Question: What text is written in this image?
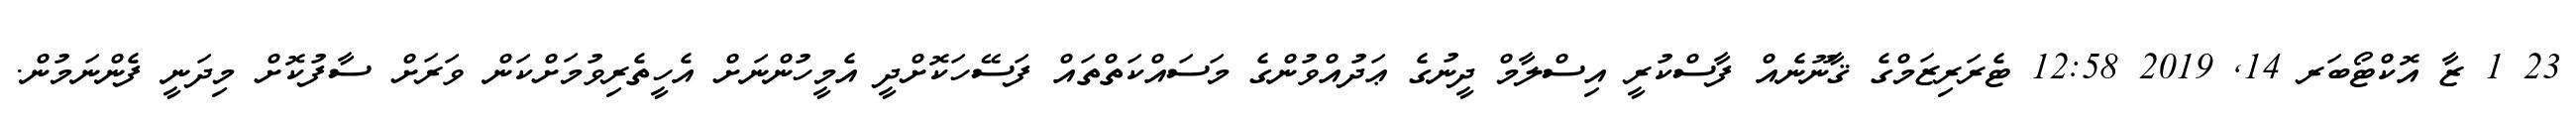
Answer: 23 1 ޒާ އޮކްޓޯބަރ 14, 2019 12:58 ޓެރަރިޒަމްގެ ޤާނޫނެއް ފާސްކުރީ އިސްލާމް ދީނުގެ ޢަދުއްވުންގެ މަސައްކަތްތައް ފަސޭހަކޮށްދީ އެމީހުންނަށް އެހީތެރިވުމަށްކަން ވަރަށް ސާފުކޮށް މިދަނީ ފެންނަމުން.